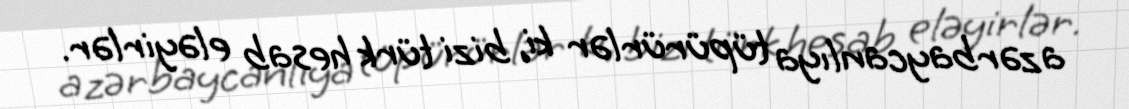
azərbaycanlıya tüpürürlər ki, bizi türk hesab eləyirlər.